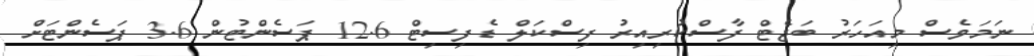
ނަމަވެސް މިއަހަރު ބަޖެޓް ފާސްކުރިއިރު ފިސްކަލް ޑެފިސިޓް 12.6 ޕަސެންޓުން 3.6 ޕަސެންޓަށް